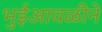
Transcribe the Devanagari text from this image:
भुईआवळीने